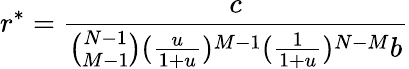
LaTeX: r^{*}=\frac{c}{\binom{N-1}{M-1}(\frac{u}{1+u})^{M-1}(\frac{1}{1+u})^{N-M}b}